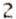
2